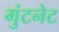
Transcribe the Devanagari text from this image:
गुंटनेट